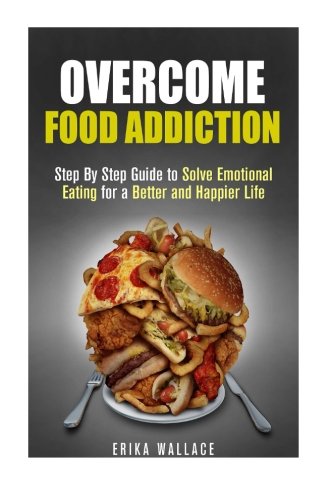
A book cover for Overcome Food Addiction: Step By Step Guide to Solve Emotional Eating for a Better and Happier Life (Overeating & Diet); Erika Wallace; Self-Help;